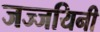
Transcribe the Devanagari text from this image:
जज्जयिनी